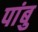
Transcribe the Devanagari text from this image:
पांबु